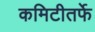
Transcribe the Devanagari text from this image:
कमिटीतर्फे